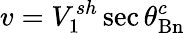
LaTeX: v=V_{1}^{sh}\sec{\theta_{\mathrm{Bn}}^{c}}